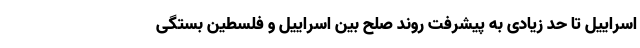
اسراییل تا حد زیادی به پیشرفت روند صلح بین اسراییل و فلسطین بستگی